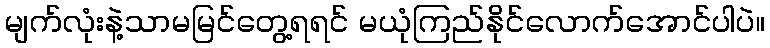
မျက်လုံးနဲ့သာမမြင်တွေ့ရရင် မယုံကြည်နိုင်လောက်အောင်ပါပဲ။